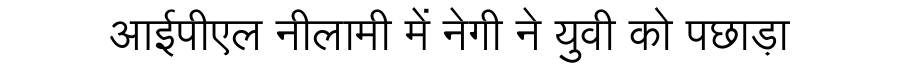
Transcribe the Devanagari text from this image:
आईपीएल नीलामी में नेगी ने युवी को पछाड़ा